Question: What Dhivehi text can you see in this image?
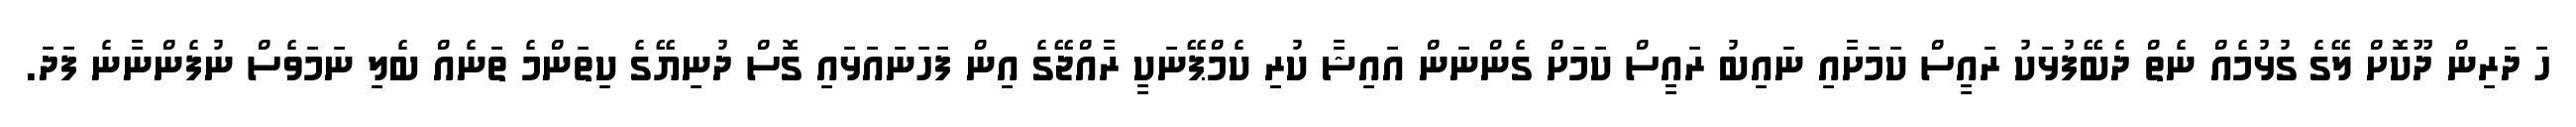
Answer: ހަ ދަރިން ދޫކޮށް ލޭގެ ގުޅުމެއް ނެތް ދެބޭފުޅަކު ރައީސް ކަމަށާއި ނައިބު ރައީސް ކަމަށް ގެންނަން އައިޝާ ކުރި ކެމްޕޭނަކީ ރާއްޖޭގެ އިން ފަހަނައަޅައި ގޮސް ދުނިޔޭގެ ކިތަންމެ ތަނެއް ބެލި ނަމަވެސް ނުފެންނާނެ ފަދަ.